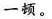
一顿。